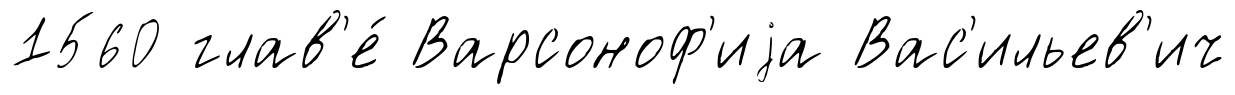
1560 глав'е́ Варсоноф'иjа Вас'ильев'ич